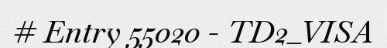
# Entry 55020 - TD2_VISA